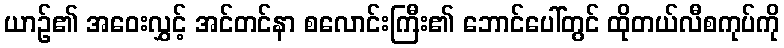
ယာဉ်၏ အဝေးလွှင့် အင်တင်နာ စလောင်းကြီး၏ ဘောင်ပေါ်တွင် ထိုတယ်လီစကုပ်ကို